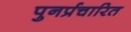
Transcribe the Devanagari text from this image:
पुनर्प्रचारित